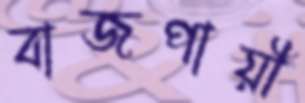
বাজপায়ী